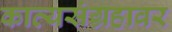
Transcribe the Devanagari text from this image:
काव्यसंग्रहावर